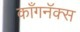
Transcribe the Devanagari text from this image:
काँगनॅक्स